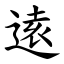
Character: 逺